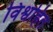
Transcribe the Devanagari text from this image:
विश्वहित